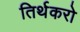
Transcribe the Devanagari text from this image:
तिर्थकरो